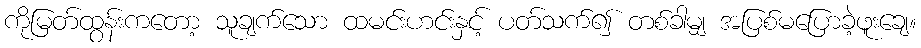
ကိုမြတ်ထွန်းကတော့ သူချက်သော ထမင်းဟင်းနှင့် ပတ်သက်၍ တစ်ခါမျှ အပြစ်မပြောခဲ့ဖူးချေ။